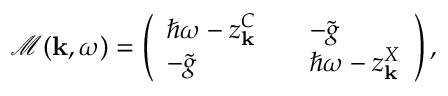
\begin{array} { r } { \mathcal { M } ( { \bf k } , \omega ) = \left( \begin{array} { l l l } { \hbar \omega - z _ { \bf k } ^ { C } } & { } & { - \tilde { g } } \\ { - \tilde { g } } & { } & { \hbar \omega - z _ { \bf k } ^ { X } } \end{array} \right) , } \end{array}